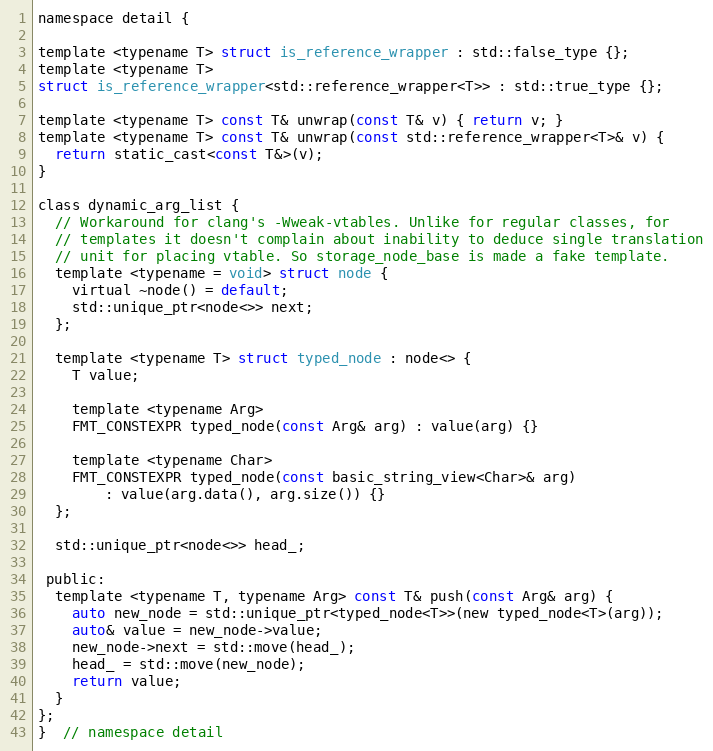
Language: C
namespace detail {

template <typename T> struct is_reference_wrapper : std::false_type {};
template <typename T>
struct is_reference_wrapper<std::reference_wrapper<T>> : std::true_type {};

template <typename T> const T& unwrap(const T& v) { return v; }
template <typename T> const T& unwrap(const std::reference_wrapper<T>& v) {
  return static_cast<const T&>(v);
}

class dynamic_arg_list {
  // Workaround for clang's -Wweak-vtables. Unlike for regular classes, for
  // templates it doesn't complain about inability to deduce single translation
  // unit for placing vtable. So storage_node_base is made a fake template.
  template <typename = void> struct node {
    virtual ~node() = default;
    std::unique_ptr<node<>> next;
  };

  template <typename T> struct typed_node : node<> {
    T value;

    template <typename Arg>
    FMT_CONSTEXPR typed_node(const Arg& arg) : value(arg) {}

    template <typename Char>
    FMT_CONSTEXPR typed_node(const basic_string_view<Char>& arg)
        : value(arg.data(), arg.size()) {}
  };

  std::unique_ptr<node<>> head_;

 public:
  template <typename T, typename Arg> const T& push(const Arg& arg) {
    auto new_node = std::unique_ptr<typed_node<T>>(new typed_node<T>(arg));
    auto& value = new_node->value;
    new_node->next = std::move(head_);
    head_ = std::move(new_node);
    return value;
  }
};
}  // namespace detail